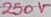
Text: 250V